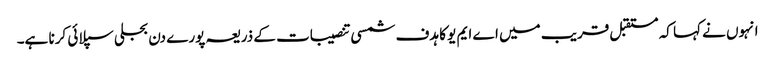
انہوں نے کہا کہ مستقبل قریب میں اے ایم یو کا ہدف شمسی تنصیبات کے ذریعہ پورے دن بجلی سپلائی کرنا ہے۔